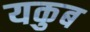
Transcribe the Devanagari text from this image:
यकुब